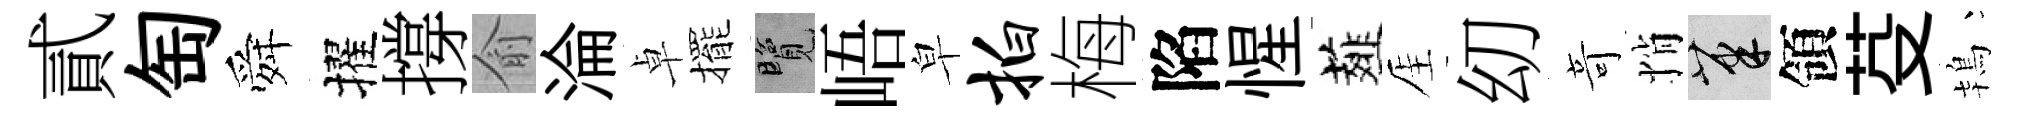
貳匋舜擢撐俞淪卓擺覽峿皁拍梅陷惺薤厓㓜竒悄筆領芟鴇